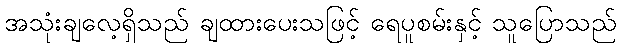
အသုံးချလေ့ရှိသည် ချထားပေးသဖြင့် ရေပူစမ်းနှင့် သူပြောသည်